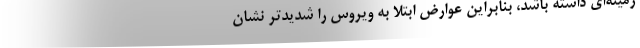
زمینه‌ای داشته باشد، بنابراین عوارض ابتلا به ویروس را شدیدتر نشان